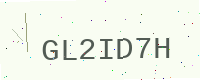
Text: GL2ID7H